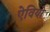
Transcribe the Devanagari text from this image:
ऐवियो